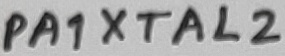
Text: PA1XTAL2